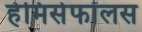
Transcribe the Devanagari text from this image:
हेमिसेफॉलस